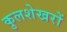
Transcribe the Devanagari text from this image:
कुलशेखरों